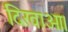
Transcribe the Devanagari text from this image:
दिखाओ।